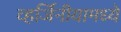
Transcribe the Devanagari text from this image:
व्हर्जिनीयामध्ये